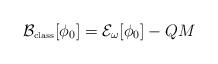
LaTeX: \begin{align*}{\cal B_{\mbox{\tiny class}}}[\phi_0] = {\cal E}_\omega[\phi_0] - QM\end{align*}